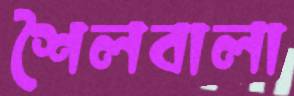
শৈলবালা